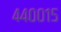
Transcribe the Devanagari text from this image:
४४००१५